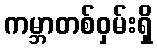
ကမ္ဘာတစ်ဝှမ်းရှိ